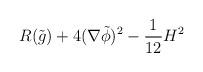
LaTeX: \begin{align*}R(\tilde g) +4(\nabla \tilde \phi)^2 - {1\over 12}H^2\end{align*}